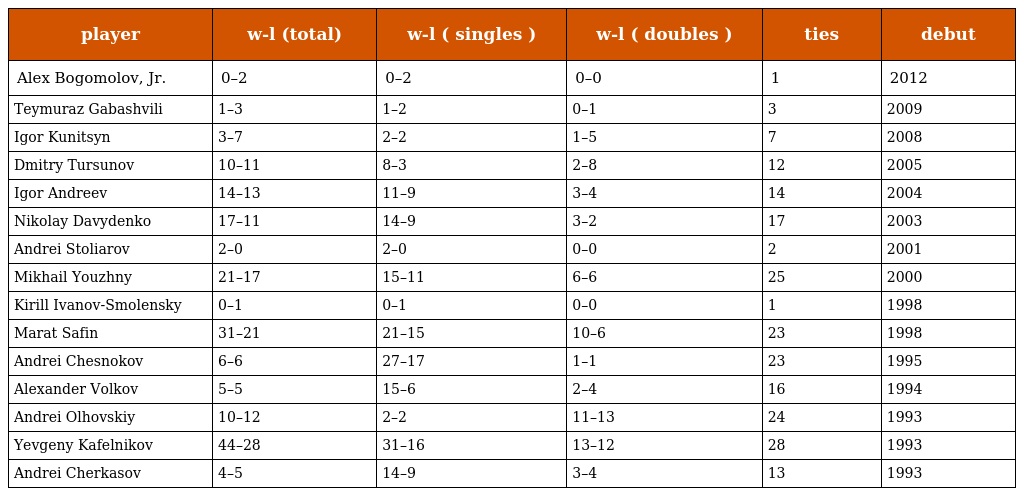
| player | w-l (total) | w-l ( singles ) | w-l ( doubles ) | ties | debut |
 | --- | --- | --- | --- | --- | --- |
 | Alex Bogomolov, Jr. | 0–2 | 0–2 | 0–0 | 1 | 2012 |
 | Teymuraz Gabashvili | 1–3 | 1–2 | 0–1 | 3 | 2009 |
 | Igor Kunitsyn | 3–7 | 2–2 | 1–5 | 7 | 2008 |
 | Dmitry Tursunov | 10–11 | 8–3 | 2–8 | 12 | 2005 |
 | Igor Andreev | 14–13 | 11–9 | 3–4 | 14 | 2004 |
 | Nikolay Davydenko | 17–11 | 14–9 | 3–2 | 17 | 2003 |
 | Andrei Stoliarov | 2–0 | 2–0 | 0–0 | 2 | 2001 |
 | Mikhail Youzhny | 21–17 | 15–11 | 6–6 | 25 | 2000 |
 | Kirill Ivanov-Smolensky | 0–1 | 0–1 | 0–0 | 1 | 1998 |
 | Marat Safin | 31–21 | 21–15 | 10–6 | 23 | 1998 |
 | Andrei Chesnokov | 6–6 | 27–17 | 1–1 | 23 | 1995 |
 | Alexander Volkov | 5–5 | 15–6 | 2–4 | 16 | 1994 |
 | Andrei Olhovskiy | 10–12 | 2–2 | 11–13 | 24 | 1993 |
 | Yevgeny Kafelnikov | 44–28 | 31–16 | 13–12 | 28 | 1993 |
 | Andrei Cherkasov | 4–5 | 14–9 | 3–4 | 13 | 1993 |